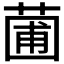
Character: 𬝟